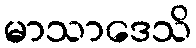
မာသာဒေသိ